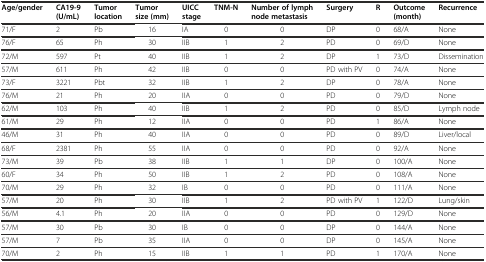
| Age/gender | CA19-9 (U/mL) | Tumor location | Tumor size (mm) | UICC stage | TNM-N | Number of lymph node metastasis | Surgery | R | Outcome (month) | Recurrence |
 | --- | --- | --- | --- | --- | --- | --- | --- | --- | --- | --- |
 | 71/F | 2 | Pb | 16 | IA | 0 | 0 | DP | 0 | 68/A | None |
 | 76/F | 65 | Ph | 30 | IIB | 1 | 2 | PD | 0 | 69/D | None |
 | 72/M | 597 | Pt | 40 | IIB | 1 | 2 | DP | 1 | 73/D | Dissemination |
 | 57/M | 611 | Ph | 42 | IIB | 0 | 0 | PD with PV | 0 | 74/A | None |
 | 73/F | 3221 | Pbt | 32 | IIB | 1 | 2 | DP | 0 | 78/A | None |
 | 76/M | 21 | Ph | 20 | IIA | 0 | 0 | PD | 0 | 79/D | None |
 | 62/M | 103 | Ph | 40 | IIB | 1 | 2 | PD | 0 | 85/D | Lymph node |
 | 61/M | 29 | Ph | 12 | IIA | 0 | 0 | PD | 1 | 86/A | None |
 | 46/M | 31 | Ph | 40 | IIA | 0 | 0 | PD | 0 | 89/D | Liver/local |
 | 68/F | 2381 | Ph | 55 | IIA | 0 | 0 | PD | 0 | 92/A | None |
 | 73/M | 39 | Pb | 38 | IIB | 1 | 1 | DP | 0 | 100/A | None |
 | 60/F | 34 | Ph | 50 | IIB | 1 | 2 | PD | 0 | 108/A | None |
 | 70/M | 29 | Ph | 32 | IB | 0 | 0 | PD | 0 | 111/A | None |
 | 57/M | 20 | Ph | 30 | IIB | 1 | 2 | PD with PV | 1 | 122/D | Lung/skin |
 | 56/M | 4.1 | Ph | 20 | IIA | 0 | 0 | PD | 0 | 129/D | None |
 | 57/M | 30 | Pb | 30 | IB | 0 | 0 | DP | 0 | 144/A | None |
 | 57/M | 7 | Pb | 35 | IIA | 0 | 0 | DP | 0 | 145/A | None |
 | 70/M | 2 | Ph | 15 | IIB | 1 | 1 | PD | 1 | 170/A | None |